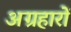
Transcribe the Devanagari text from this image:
अग्रहारों